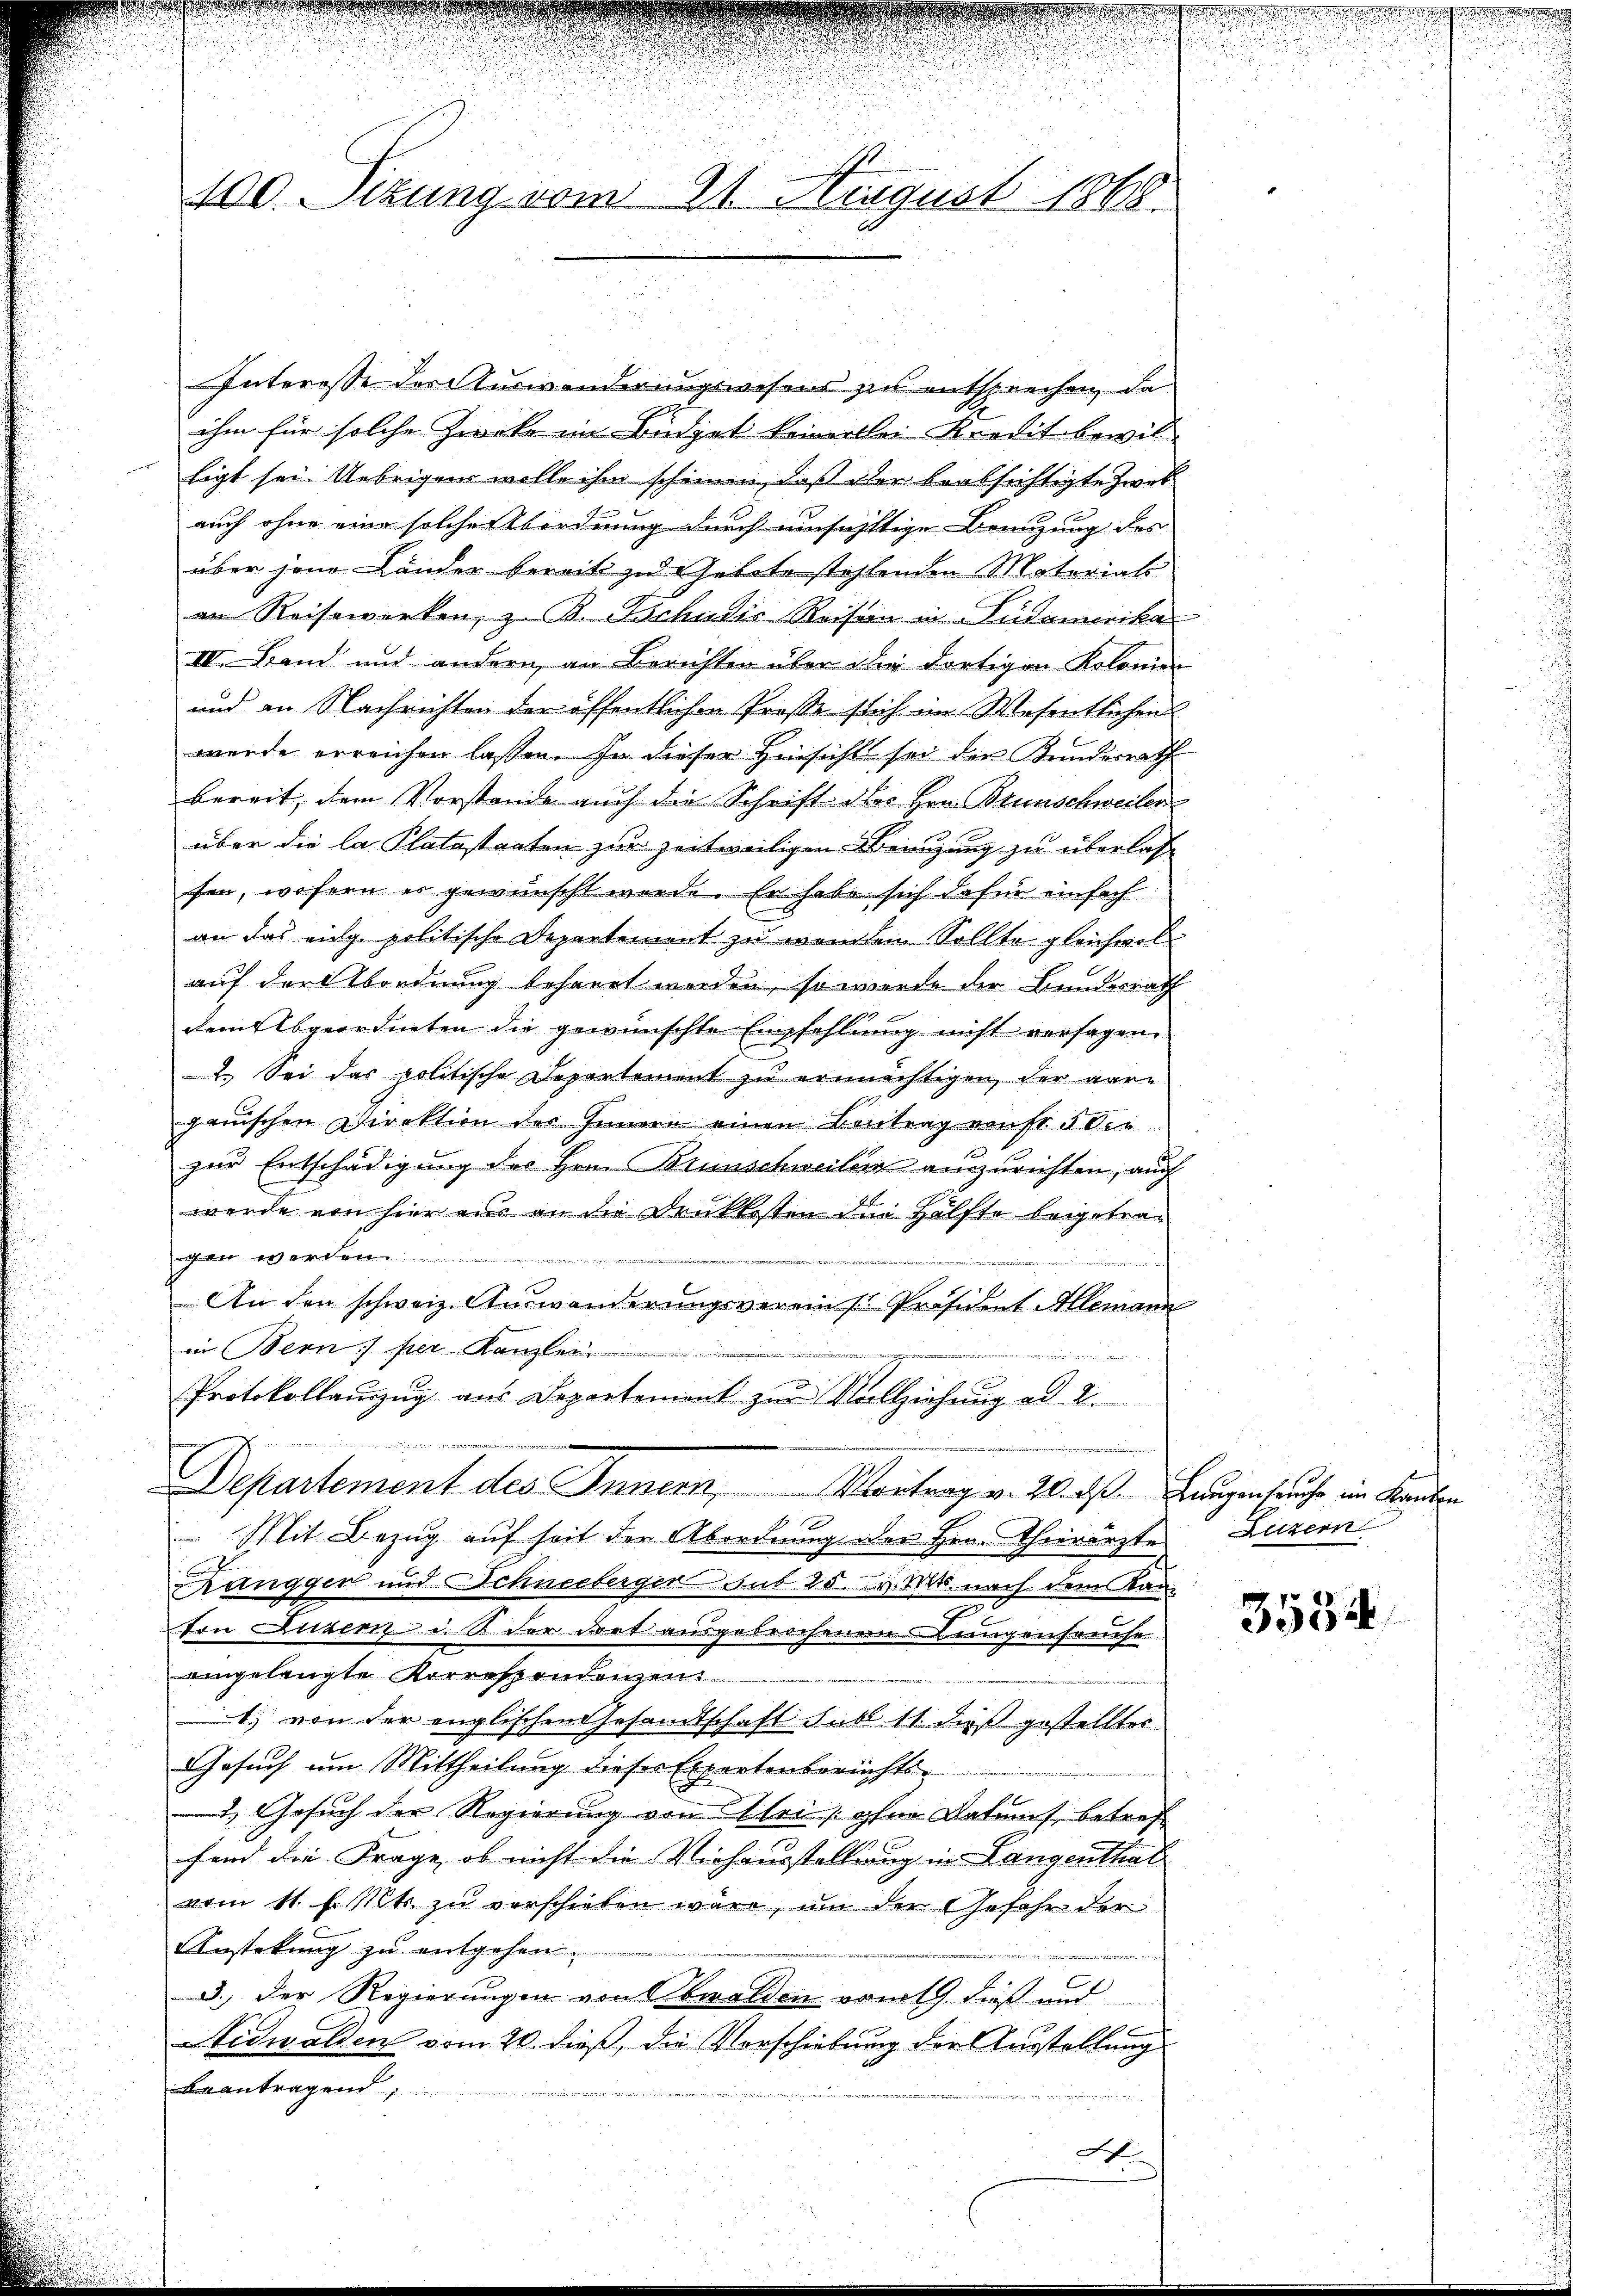
.
100. Situng vom 21. August 1868.

Interesse der Auswanderungswesens zu entsprechen, da
ihm für solche Zwecke im Budget keinerlei Kredit bewilligt sei. Uebrigen wolle ihm scheinen, daß der beabsichtigte Zwei
auch ohne eine solche Abordnung durch einsichttige Beizung des
über jene Länder bereits zu Gebote stehlenden Materials
an Reisewerken, z. B. Tschudis Reisin in Südamerika
IV. Band und andern an Berichten über die dortigen Kolonier
und an Nachrichten der öffentlichen Prosse sich im Wesentlichen
wurde erreichen lassen. In dieser Hinsicht sei der Kunderrath
bereit, dem Vorstande auch die Schrift des Hrn. Brunschweiler
über die la Platastraten zur zeitweiligen Benzung zu überlass
fen, wofern es gewünscht werde. Er habe sich dafür einfach
an das eing politische Departement zu wenden Sollte gleichwol
auf der Abordnung beharrt werden, so werde der Bundesrath
dem Abgeordneten die gewünschte Empfehlung nicht versagen.
2. Sei das politische Departement zu ernächtigen, der ware
gauischen Direktion der Innern einen Beitrag einst s der
zur Entschädigung des Hrn. Brunschweiler auszurichten, auch
werde von hier nur an die Druckkosten die Hälfte beigetraen werden.
e

An den schweiz. Auswanderungsvereins Präsident Allemann
in Bern) per Kanzlei
e
Protokollauzzug aus Departement zu Vollziehung ad 2.
Departement des Innern,
Kontrag v. 20. ds. Baugenseuche im Kanton
 Mit Bezug auf seit der Abordnung der Hrn. Thierärzte Luzern
d
Ranggen und Schneeberger sub 25. v. Mts. nach dem Kan-
von Budenz i. B. der dort ausgebrochenen ungensreche
angelangte Korrestandenzen
1. von der englischen Gesamtschaft Subl 11. dieß gestelltes
Gesuch um Mittheilung dieser Expertenberichte
2. Gesuch der Regierung von Klei, ohne Datums, betrof
fend die Frage, ob nicht die Viehausstellung in Langenthal
vom 11. f. Mts. zu verschieben wäre, um der Gesehe der
Anstekung zu entgehen.
.
3.) Der Regierungen von Obwalden vom 19. dieß und
Nidwalden vom 20. dieß, die Vorschiebung der Ausstellung
beantragend

A

3534.